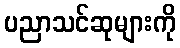
ပညာသင်ဆုများကို